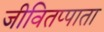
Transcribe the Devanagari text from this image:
जीवितप्पाता